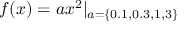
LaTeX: f ( x ) = a x ^ { 2 } | _ { a = \{ 0 . 1 , 0 . 3 , 1 , 3 \} }